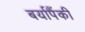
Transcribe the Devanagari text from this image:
बर्यापैंकी